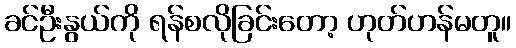
ခင်ဦးနွယ်ကို ရန်စလိုခြင်းတော့ ဟုတ်ဟန်မတူ။